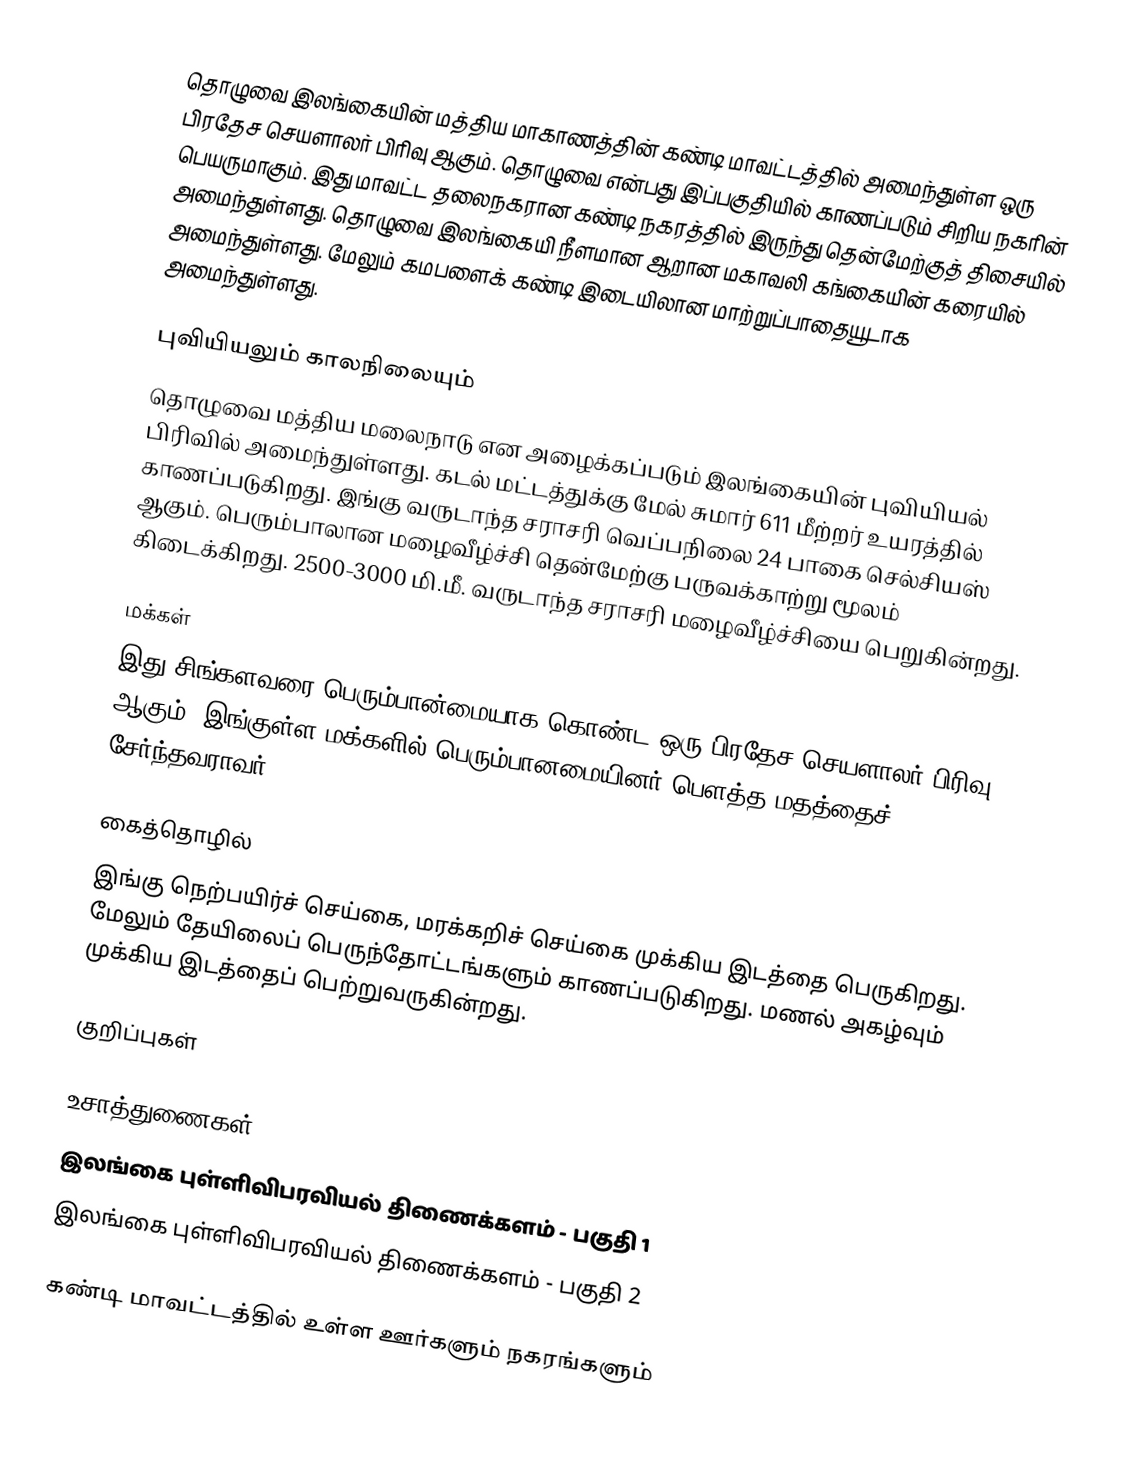
தொழுவை இலங்கையின் மத்திய மாகாணத்தின் கண்டி மாவட்டத்தில் அமைந்துள்ள ஒரு பிரதேச செயளாலர் பிரிவு ஆகும். தொழுவை என்பது இப்பகுதியில் காணப்படும்  சிறிய நகரின் பெயருமாகும். இது மாவட்ட தலைநகரான கண்டி நகரத்தில் இருந்து  தென்மேற்குத் திசையில்  அமைந்துள்ளது. தொழுவை இலங்கையி நீளமான ஆறான மகாவலி கங்கையின் கரையில் அமைந்துள்ளது. மேலும் கமபளைக் கண்டி இடையிலான மாற்றுப்பாதையூடாக அமைந்துள்ளது.

புவியியலும் காலநிலையும்
தொழுவை  மத்திய மலைநாடு என அழைக்கப்படும்  இலங்கையின் புவியியல் பிரிவில் அமைந்துள்ளது. கடல் மட்டத்துக்கு மேல் சுமார் 611 மீற்றர்  உயரத்தில் காணப்படுகிறது. இங்கு வருடாந்த சராசரி வெப்பநிலை 24 பாகை செல்சியஸ் ஆகும். பெரும்பாலான மழைவீழ்ச்சி தென்மேற்கு பருவக்காற்று மூலம் கிடைக்கிறது. 2500-3000 மி.மீ. வருடாந்த சராசரி மழைவீழ்ச்சியை பெறுகின்றது.

மக்கள்
இது சிங்களவரை பெரும்பான்மையாக கொண்ட ஒரு பிரதேச செயளாலர் பிரிவு ஆகும். இங்குள்ள மக்களில் பெரும்பானமையினர் பௌத்த மதத்தைச் சேர்ந்தவராவர்.

கைத்தொழில்
இங்கு நெற்பயிர்ச் செய்கை, மரக்கறிச் செய்கை முக்கிய இடத்தை பெருகிறது. மேலும் தேயிலைப் பெருந்தோட்டங்களும் காணப்படுகிறது. மணல் அகழ்வும் முக்கிய இடத்தைப் பெற்றுவருகின்றது.

குறிப்புகள்

உசாத்துணைகள்
 இலங்கை புள்ளிவிபரவியல் திணைக்களம் - பகுதி 1
 இலங்கை புள்ளிவிபரவியல் திணைக்களம் - பகுதி 2

கண்டி மாவட்டத்தில் உள்ள ஊர்களும் நகரங்களும்